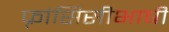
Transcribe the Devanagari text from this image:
फ़्रांसिसीभाषी